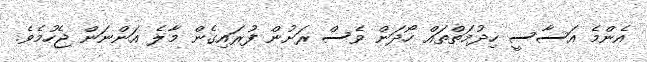
އެންމެ އަސާސީ ހިދުމަތްތައް ހޯދަން ވެސް ރަށުން ފުރައިގެން މާލެ އަންނަން ޖެހުމެވެ.